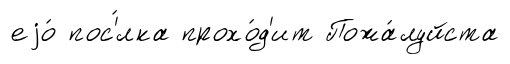
еjо́ пос'́лка прохо́д'ит Пожа́луйста